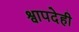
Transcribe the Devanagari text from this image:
श्वापदेही